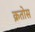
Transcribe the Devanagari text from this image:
क्रतोस